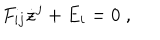
LaTeX: F _ { i j } \dot { z } ^ { j } + E _ { i } = 0 \; ,